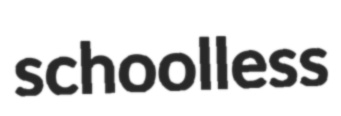
schoolless